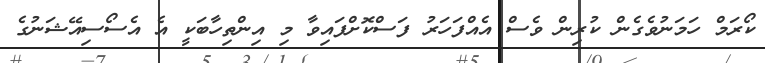
ކޯރަމް ހަމަނުވެގެން ކުރިން ވެސް އެއްފަހަރު ފަސްކޮށްފައިވާ މި އިންތިހާބަކީ އެ އެސޯސިއޭޝަނުގެ